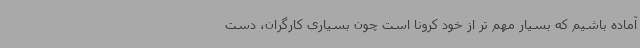
آماده باشیم که بسیار مهم تر از خود کرونا است چون بسیاری کارگران، دست